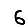
Digit: 6